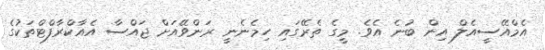
އެމްއޭސީއެލް އިން ބުނެ އެވެ. މީގެ ތެރޭގައި ހިމެނެނީ ރަންވޭއަށް ޖައްސާ އެއާކްރާފްޓްތަކުގެ